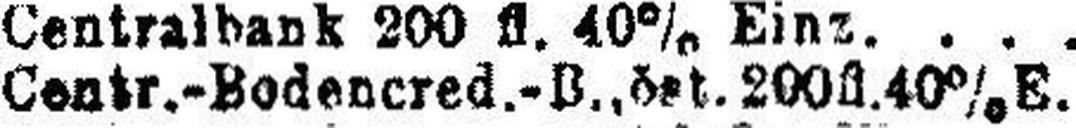
Centr.-Bodenered.-B., öst. 200fl. 40% E.